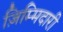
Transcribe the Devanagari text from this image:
ज़िम्मिदारी